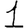
Digit: 1